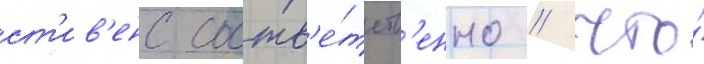
ст'ив'енс соотв'е́тств'енно / что́